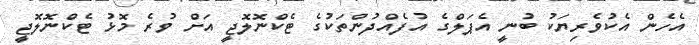
އެހެން އެކުވެރިޔަކު ބުނީ އެޕަލްގެ އުފެއްދުންތަކުގެ ޓެކްނޮލޮޖީ އަށް ވުރެ މޮޅު ޓެކްނޮލޮޖީ